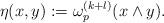
LaTeX: \begin{align*}\eta(x,y):=\omega^{(k+l)}_p(x\wedge y).\end{align*}